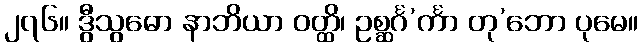
၂၇၆။ ဒွီသွဓော နာဘိယာ ဝတ္ထိ၊ ဥစ္ဆင်္ဂ’င်္ကာ တု’ဘော ပုမေ။